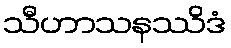
သီဟာသနဿိဒံ